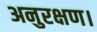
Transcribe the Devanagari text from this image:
अनुरक्षण।